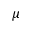
\mu